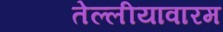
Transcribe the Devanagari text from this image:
तेल्लीयावारम